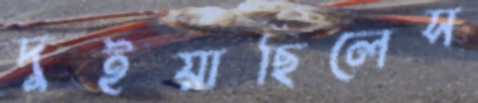
দুইয়াছিলেস